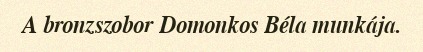
A bronzszobor Domonkos Béla munkája.